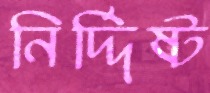
নির্দ্দিষ্ট